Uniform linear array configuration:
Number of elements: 4
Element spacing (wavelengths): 1
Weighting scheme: binomial
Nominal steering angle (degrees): -60
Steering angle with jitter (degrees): -58.207
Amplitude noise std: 0.05
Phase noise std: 0.05

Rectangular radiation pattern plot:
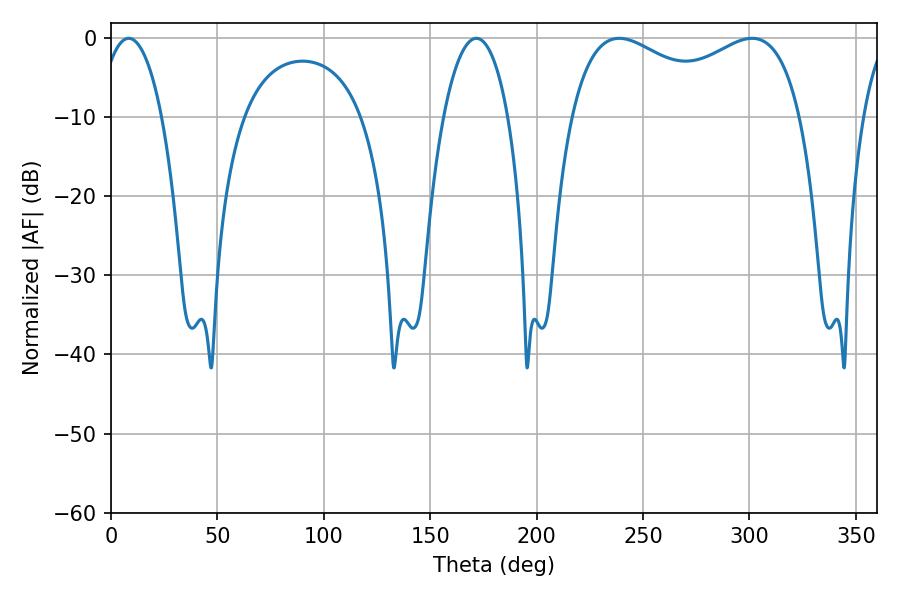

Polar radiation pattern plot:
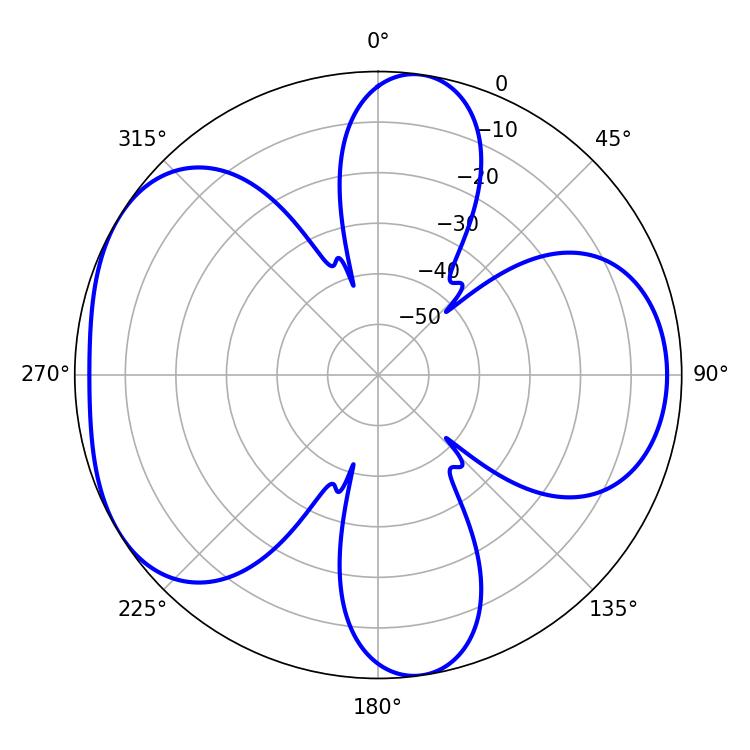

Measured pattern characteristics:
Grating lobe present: TRUE
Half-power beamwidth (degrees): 89.64
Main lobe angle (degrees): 238.86